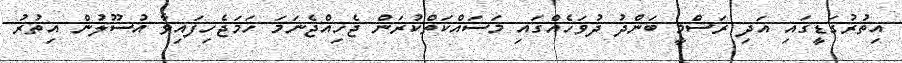
އިތުރުގަޑީގައި އަދިި ރަސްމީ ބަންދު ދުވަހެއްގައި މަސައްކަތްކުރަން ޖެހިއްޖެނަމަ ހަމަޖެހިފައިވާ އުސޫލުން އިތުރު